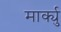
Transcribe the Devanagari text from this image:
मार्क्यु